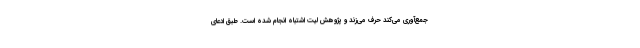
جمع‌آوری می‌کند حرف می‌زند و پژوهش لیت اشتباه انجام شده است. طبق ادعای